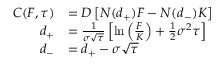
{ \begin{array} { r l } { C ( F , \tau ) } & { = D \left[ N ( d _ { + } ) F - N ( d _ { - } ) K \right] } \\ { d _ { + } } & { = { \frac { 1 } { \sigma { \sqrt { \tau } } } } \left[ \ln \left( { \frac { F } { K } } \right) + { \frac { 1 } { 2 } } \sigma ^ { 2 } \tau \right] } \\ { d _ { - } } & { = d _ { + } - \sigma { \sqrt { \tau } } } \end{array} }